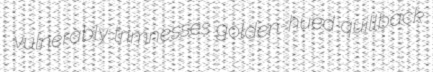
vulnerably trimnesses golden-hued quillback